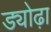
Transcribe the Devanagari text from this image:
ड्योढ़ा